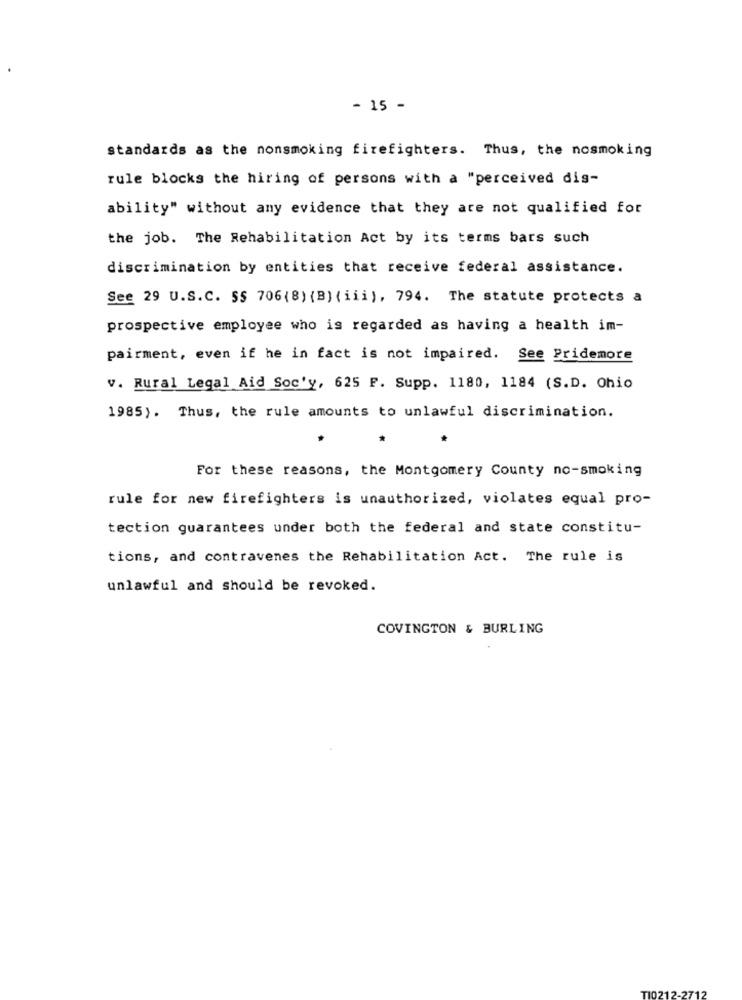
- 15 -
standards as the nonsmoking firefighters. Thus, the nosmoking
rule blocks the hiring of persons with a "perceived dis-
ability" without any evidence that they are not qualified for
the job. The Rehabilitation Act by its terms bars such
discrimination by entities that receive federal assistance.
See 29 U.S.C. SS 706(8) (B) ( iii), 794. The statute protects a
prospective employee who is regarded as having a health im-
pairment, even if he in fact is not impaired. See Pridemore
v. Rural Legal Aid Soc'y, 625 F. Supp. 1180, 1184 (S.D. Ohio
1985). Thus, the rule amounts to unlawful discrimination.
For these reasons, the Montgomery County no-smoking
rule for new firefighters is unauthorized, violates equal pro-
tection guarantees under both the federal and state constitu-
tions, and contravenes the Rehabilitation Act. The rule is
unlawful and should be revoked.
COVINGTON & BURLING
TI0212-2712